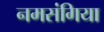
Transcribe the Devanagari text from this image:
नमसंगिया